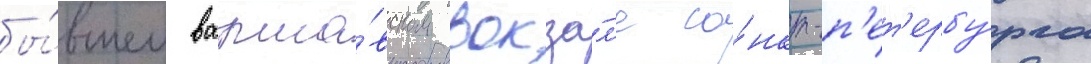
бы́вшем варша́вском вокза́л'е са́нкт-п'ет'ербу́рга